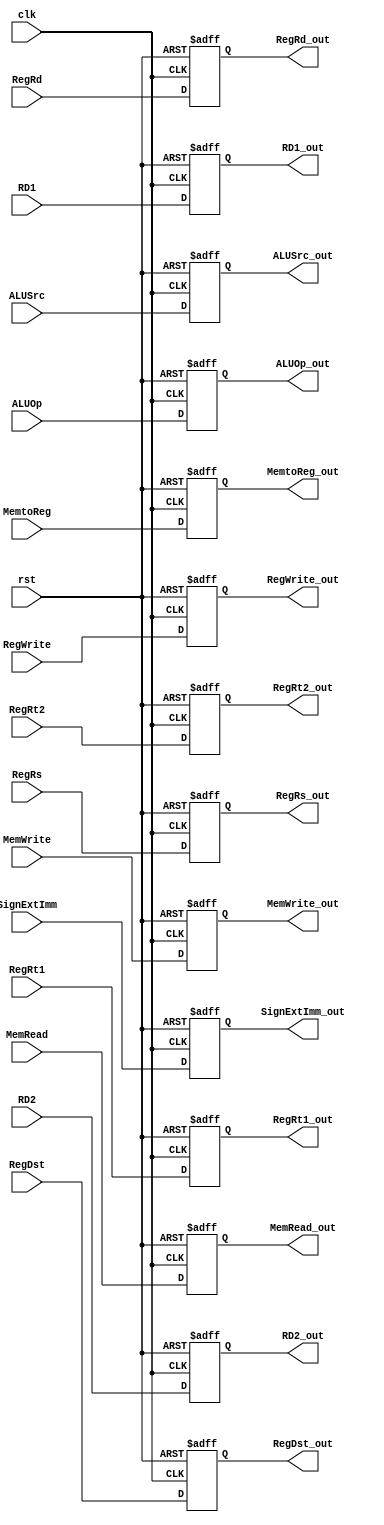
module id_ex(   clk, rst, RegWrite, MemtoReg, MemRead, MemWrite, RegDst, ALUOp, ALUSrc , RD1, RD2,SignExtImm , RegRs, RegRt1, RegRt2, RegRd, ALUOp_out, RD1_out, RD2_out,  SignExtImm_out, RegRs_out, RegRt1_out, RegRt2_out, RegRd_out, ALUSrc_out, RegDst_out, MemRead_out, MemWrite_out, MemtoReg_out, RegWrite_out  );
    input clk,rst;

	// signal  
    input  ALUSrc, RegDst, MemRead, MemWrite, MemtoReg, RegWrite;
	input [31:0] RD1,  RD2,  SignExtImm;
	input [4:0] RegRs, RegRt1, RegRt2, RegRd;
    input  [1:0] ALUOp;
	output reg [31:0] RD1_out, RD2_out,  SignExtImm_out;
	output reg [4:0] RegRs_out, RegRt1_out, RegRt2_out, RegRd_out;
	output reg ALUSrc_out, RegDst_out, MemRead_out, MemWrite_out, MemtoReg_out, RegWrite_out;
	output reg [1:0] ALUOp_out;

    always @(posedge clk or posedge rst) begin
        if (rst) begin
            ALUOp_out <= 2'b0;
            ALUSrc_out <= 1'b0;
            RegDst_out <= 1'b0;
            MemRead_out <= 1'b0;
            MemWrite_out <= 1'b0;
            MemtoReg_out <= 1'b0;
            RegWrite_out <= 1'b0;
            RD1_out <= 32'b0;
            RD2_out <= 32'b0;
            SignExtImm_out <= 32'b0;
            RegRs_out <= 5'b0;
            RegRt1_out <= 5'b0;
            RegRt2_out <= 5'b0;
            RegRd_out <= 5'b0;
        end else begin
            ALUOp_out <= ALUOp;
            ALUSrc_out <= ALUSrc;
            RegDst_out <= RegDst;
            MemRead_out <= MemRead;
            MemWrite_out <= MemWrite;
            MemtoReg_out <= MemtoReg;
            RegWrite_out <= RegWrite;
            RD1_out <= RD1;
            RD2_out <= RD2;
            SignExtImm_out <= SignExtImm;
            RegRs_out <= RegRs;
            RegRt1_out <= RegRt1;
            RegRt2_out <= RegRt2;
            RegRd_out <= RegRd;
        end
    end
endmodule